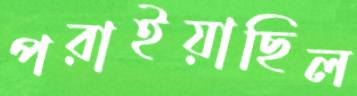
পরাইয়াছিল